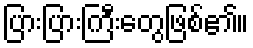
ပြားပြားကြီးတွေဖြစ်၏။